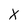
Character: X